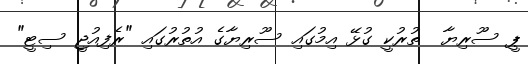
ޕީ ސޫރިޔާ  ތުރުކީ ގުޅޭ އިމުގައި ސޫރިޔާގެ އުތުރުގައި "ރެފިއުޖީ ސިޓީ"